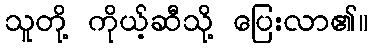
သူတို့ ကိုယ့်ဆီသို့ ပြေးလာ၏။